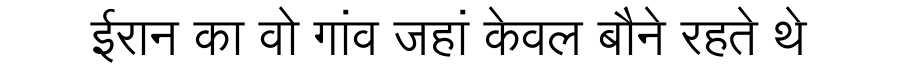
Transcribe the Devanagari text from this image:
ईरान का वो गांव जहां केवल बौने रहते थे